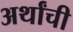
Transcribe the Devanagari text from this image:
अर्थांची